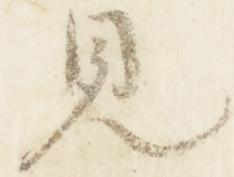
見